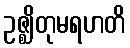
ဥဇ္ဈိတုမရဟတိ